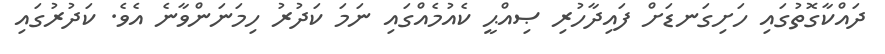
ދައްކާގޮތުގައި ހަށިގަނޑަށް ފައިދާހުރި ޞިއްޙީ ކެއުމެއްގައި ނަމަ ކަދުރު ހިމަނަންވާނެ އެވެ. ކަދުރުގައި